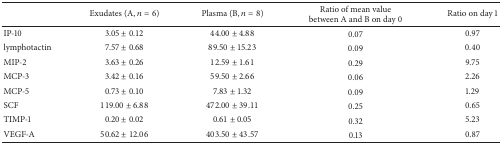
|  | Exudates (A, n = 6) | Plasma (B, n = 8) | Ratio of mean value between A and B on day 0 | Ratio on day 1 |
 | --- | --- | --- | --- | --- |
 | IP-10 | 3.05 ± 0.12 | 44.00 ± 4.88 | 0.07 | 0.97 |
 | lymphotactin | 7.57 ± 0.68 | 89.50 ± 15.23 | 0.09 | 0.40 |
 | MIP-2 | 3.63 ± 0.26 | 12.59 ± 1.61 | 0.29 | 9.75 |
 | MCP-3 | 3.42 ± 0.16 | 59.50 ± 2.66 | 0.06 | 2.26 |
 | MCP-5 | 0.73 ± 0.10 | 7.83 ± 1.32 | 0.09 | 1.29 |
 | SCF | 119.00 ± 6.88 | 472.00 ± 39.11 | 0.25 | 0.65 |
 | TIMP-1 | 0.20 ± 0.02 | 0.61 ± 0.05 | 0.32 | 5.23 |
 | VEGF-A | 50.62 ± 12.06 | 403.50 ± 43.57 | 0.13 | 0.87 |